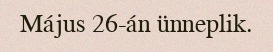
Május 26-án ünneplik.